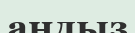
аңдыз